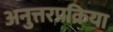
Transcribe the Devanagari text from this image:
अनुत्तरप्रक्रिया